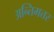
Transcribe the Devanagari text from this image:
अन्तिमत्तर